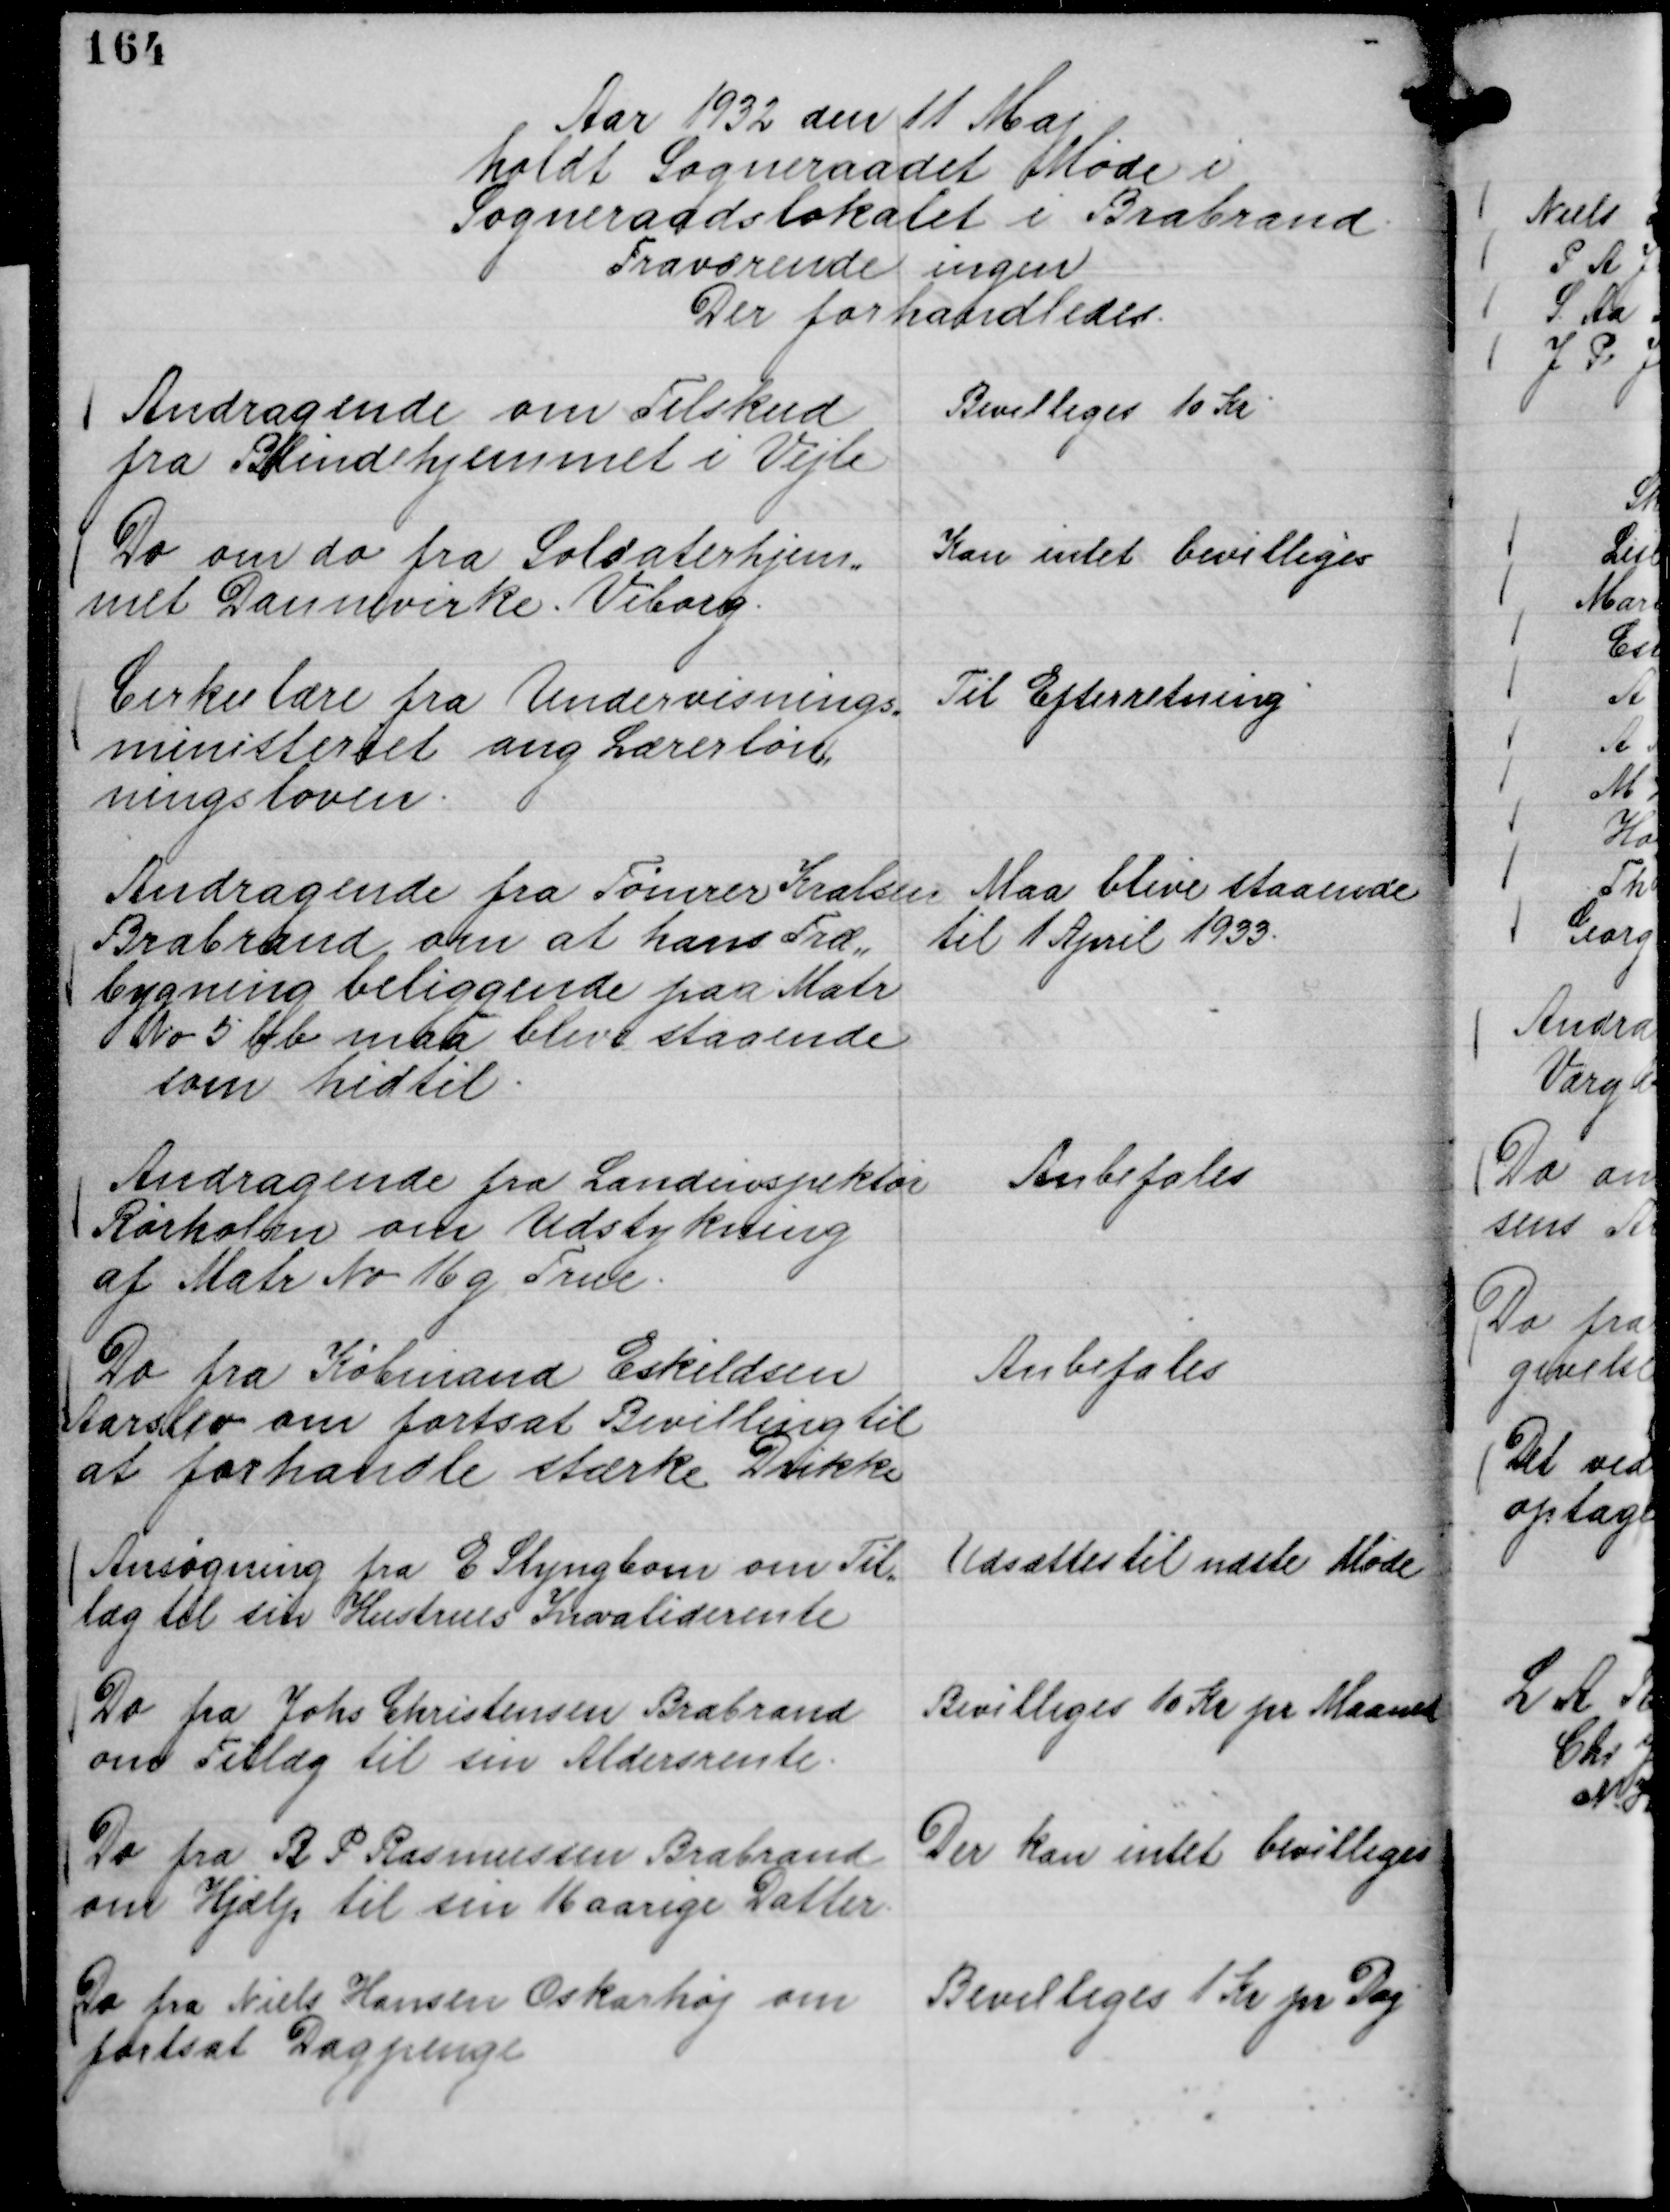
Transskription:
Aar 1932 den 11 Maj
holdt Sogneraadet Møde i
Sogneraadslokalet i Brabrand.
Fraværende Ingen
Der forhandledes.

Andragende om Tilskud
fra Blindehjemmet i Vejle

Bevilliges 10 Kr

Do om do fra Soldaterhjem,,
met Dannevirke. Viborg.

Kan intet bevilliges

Cirkulære fra Undervisnings,,
ministeriet ang Lærerløn,,
ningsloven.

Til Efterretning

Andragende fra Tømrer Kralsen
Brabrand om at hans Træ,,
bygning beliggende paa Matr
No 5 bb maa blive staaende
som hidtil.

Maa blive staaende
til 1 April 1933.

Andragende fra Landinspektør
Rørholm om Udstykning
af Matr No 16 g True.

Anbefales

Do fra Købmand Eskildsen
Aarslev om fortsat Bevilling til
at forhandle stærke Drikke

Anbefales

Ansøgning fra E Slyngbom om Til,,
læg til sin Hustrues Invaliderente

Udsættes til næste Møde

Do fra Johs Christensen Brabrand
om Tillæg til sin Aldersrente.

Bevilliges 10 Kr pr Maaned

Do fra R P Rasmussen Brabrand
om Hjælp til sin 16 aarige Datter.

Der kan intet bevilliges

Do fra Niels Hansen Oskarhøj om
fortsat Dagpenge

Bevilliges 1 Kr pr Dag.